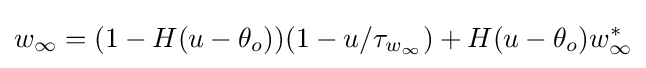
w_{\infty }=(1-H(u-\theta _{o}))(1-u/\tau _{w_{\infty }})+H(u-\theta _{o})w_{\infty }^{*}